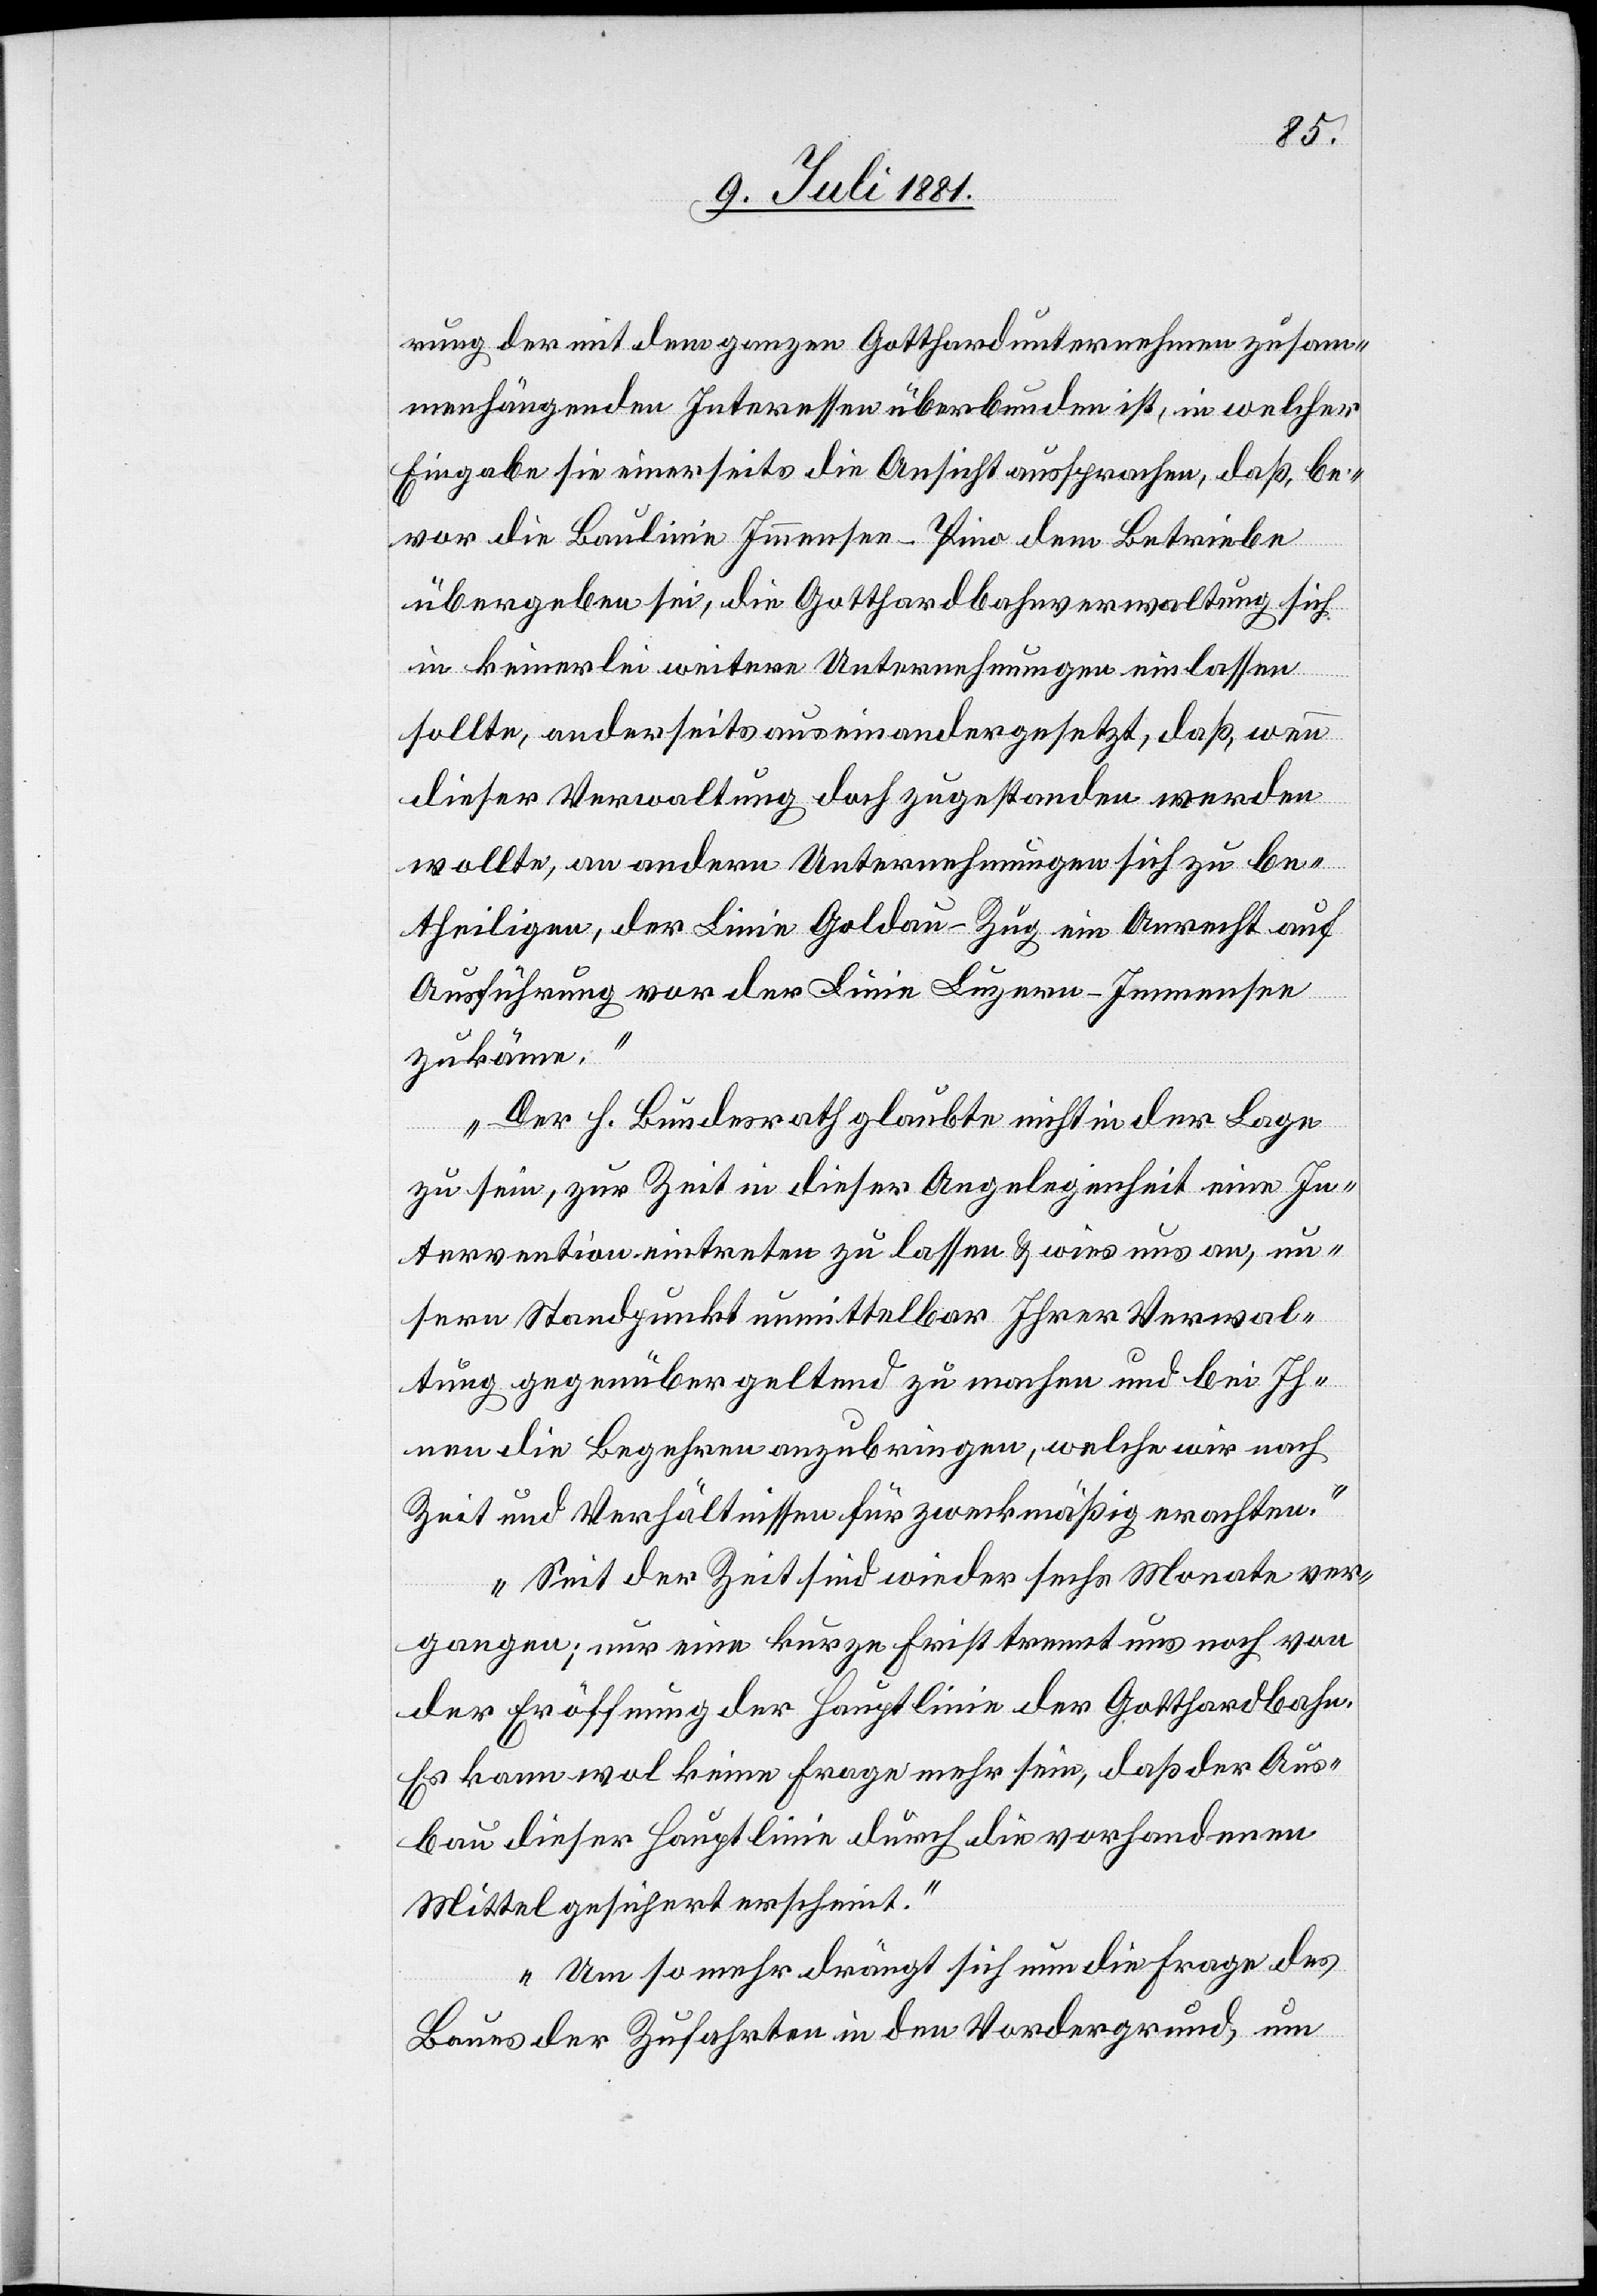
rung der mit dem ganzen Gotthardunternehmen zusam¬
menhängenden Interessen überbunden ist, in wlcher
Eingabe sie einerseits die Ansicht aussprachen, daß be¬
vor die Baulinie Immensee – Pino dem Betriebe
übergeben sei, die Gotthardbahnverwaltung sich
in keinerlei weitere Unternehmungen einlassen
sollte, anderseits auseinandergesetzt, daß wenn
dieser Verwaltung doch zugestanden werden
wollte, an anderen Unternehmungen sich zu be¬
theiligen, der Linie Goldau–Zug ein Anrecht auf
Ausführung vor der Linie Luzern–Immensee
zukäme.
Der h. Bundesrath glaubte nicht in der Lage
zu sein, zur Zeit in dieser Angelegenheit eine In¬
tervention eintreten zu lassen & wies uns an, un¬
sern Standpunkt unmittelbar Ihrer Verwal¬
tung gegenüber geltend zu machen und bei Ih¬
nen die Begehren anzubringen, welche wir nach
Zeit und Verhältnissen für zweckmäßig erachten.
Seit der Zeit sind wieder sechs Monate ver¬
gangen; nur eine kurze Zeit trennt uns noch von
der Eröffnung der Hauptlinie der Gotthardbahn.
Es kann wol keine Frage mehr sein, daß der Aus¬
bau dieser Hauptlinie durch die vorhandenen
Mittel gesichert erscheint.
Um so mehr drängt sich nun die Frage des
Baues der Zufahrten in den Vordergrund, um